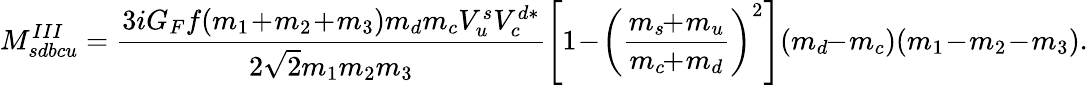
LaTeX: M_{sdbcu}^{III}=\frac{3iG_{F}f(m_{1}\! +\! m_{2}\! +\! m_{3})m_{d}m_{c}V_{u}^{s}V_{c}^{d*}}{2\sqrt{2}m_{1}m_{2}m_{3}}\left[1\! -\! \left(\frac{m_{s}\! \! +\! m_{u}}{m_{c}\! \! +\! m_{d}}\right)^{2}\right](m_{d}\! \! -\! m_{c})(m_{1}\! -\! m_{2}\! -\! m_{3}).